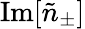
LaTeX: \mathrm{Im}[\tilde{n}_{\pm}]